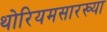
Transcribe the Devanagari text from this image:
थोरियमसारख्या